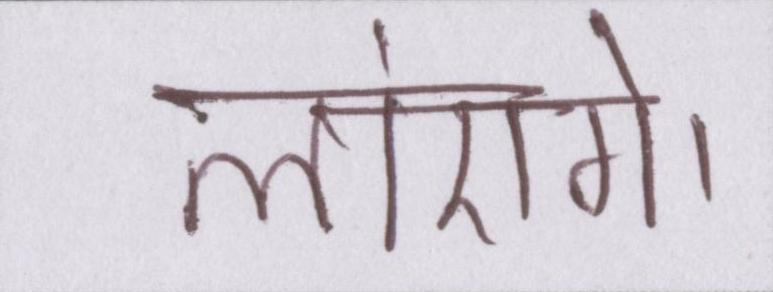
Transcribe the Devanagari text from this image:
लाएंगे।